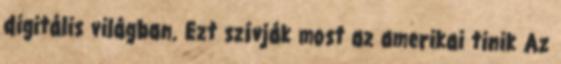
digitális világban. Ezt szívják most az amerikai tinik Az